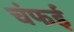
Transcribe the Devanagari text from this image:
चंफई